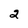
Character: 2